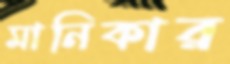
মানিকার